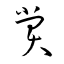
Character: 賞